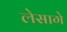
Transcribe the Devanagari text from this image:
लेसागे